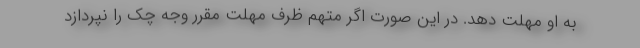
به او مهلت دهد. در این صورت اگر متهم ظرف مهلت مقرر وجه چک را نپردازد